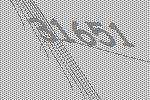
31651